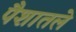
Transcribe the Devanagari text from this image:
पैशातले